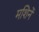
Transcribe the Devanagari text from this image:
मशिनें